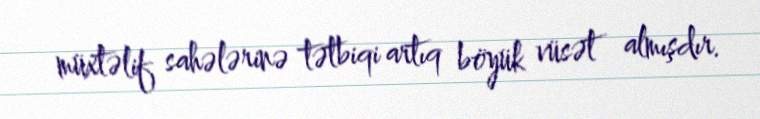
müxtəlif sahələrinə tətbiqi artıq böyük vüsət almışdır.